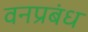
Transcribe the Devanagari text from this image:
वनप्रबंध